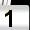
Digit: 1